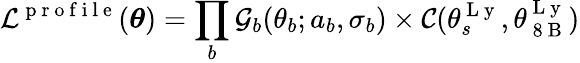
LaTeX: \mathcal{L}^{\mathrm{~p~r~o~f~i~l~e~}}(\boldsymbol{\theta})=\prod_{b}\mathcal{G}_{b}(\theta_{b};a_{b},\sigma_{b})\times\mathcal{C}(\theta_{s}^{\mathrm{~L~y~}},\theta_{\mathrm{~8~B~}}^{\mathrm{~L~y~}})